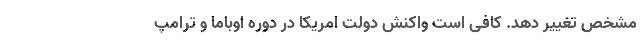
مشخص تغییر دهد. کافی است واکنش دولت امریکا در دوره اوباما و ترامپ